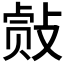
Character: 𰕐